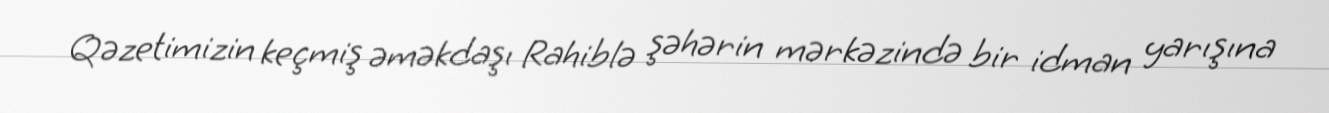
Qəzetimizin keçmiş əməkdaşı Rahiblə şəhərin mərkəzində bir idman yarışına